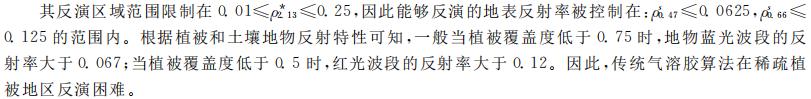
其反演区域范围限制在$0.01\leqslant\rho_{13}^{*}\leqslant0.25$，因此能够反演的地表反射率被控制在：$\rho_{47}^{*}\leqslant 0.0625,\rho_{66}^{*}\leqslant 0.125$的范围内。根据植被和土壤地物反射特性可知，一般当植被覆盖度低于$0.75$时，地物蓝光波段的反射率大于$0.067$；当植被覆盖度低于$0.5$时，红光波段的反射率大于$0.12$。因此，传统气溶胶算法在稀疏植被地区反演困难。